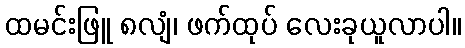
ထမင်းဖြူ ၈လျံ၊ ဖက်ထုပ် လေးခုယူလာပါ။